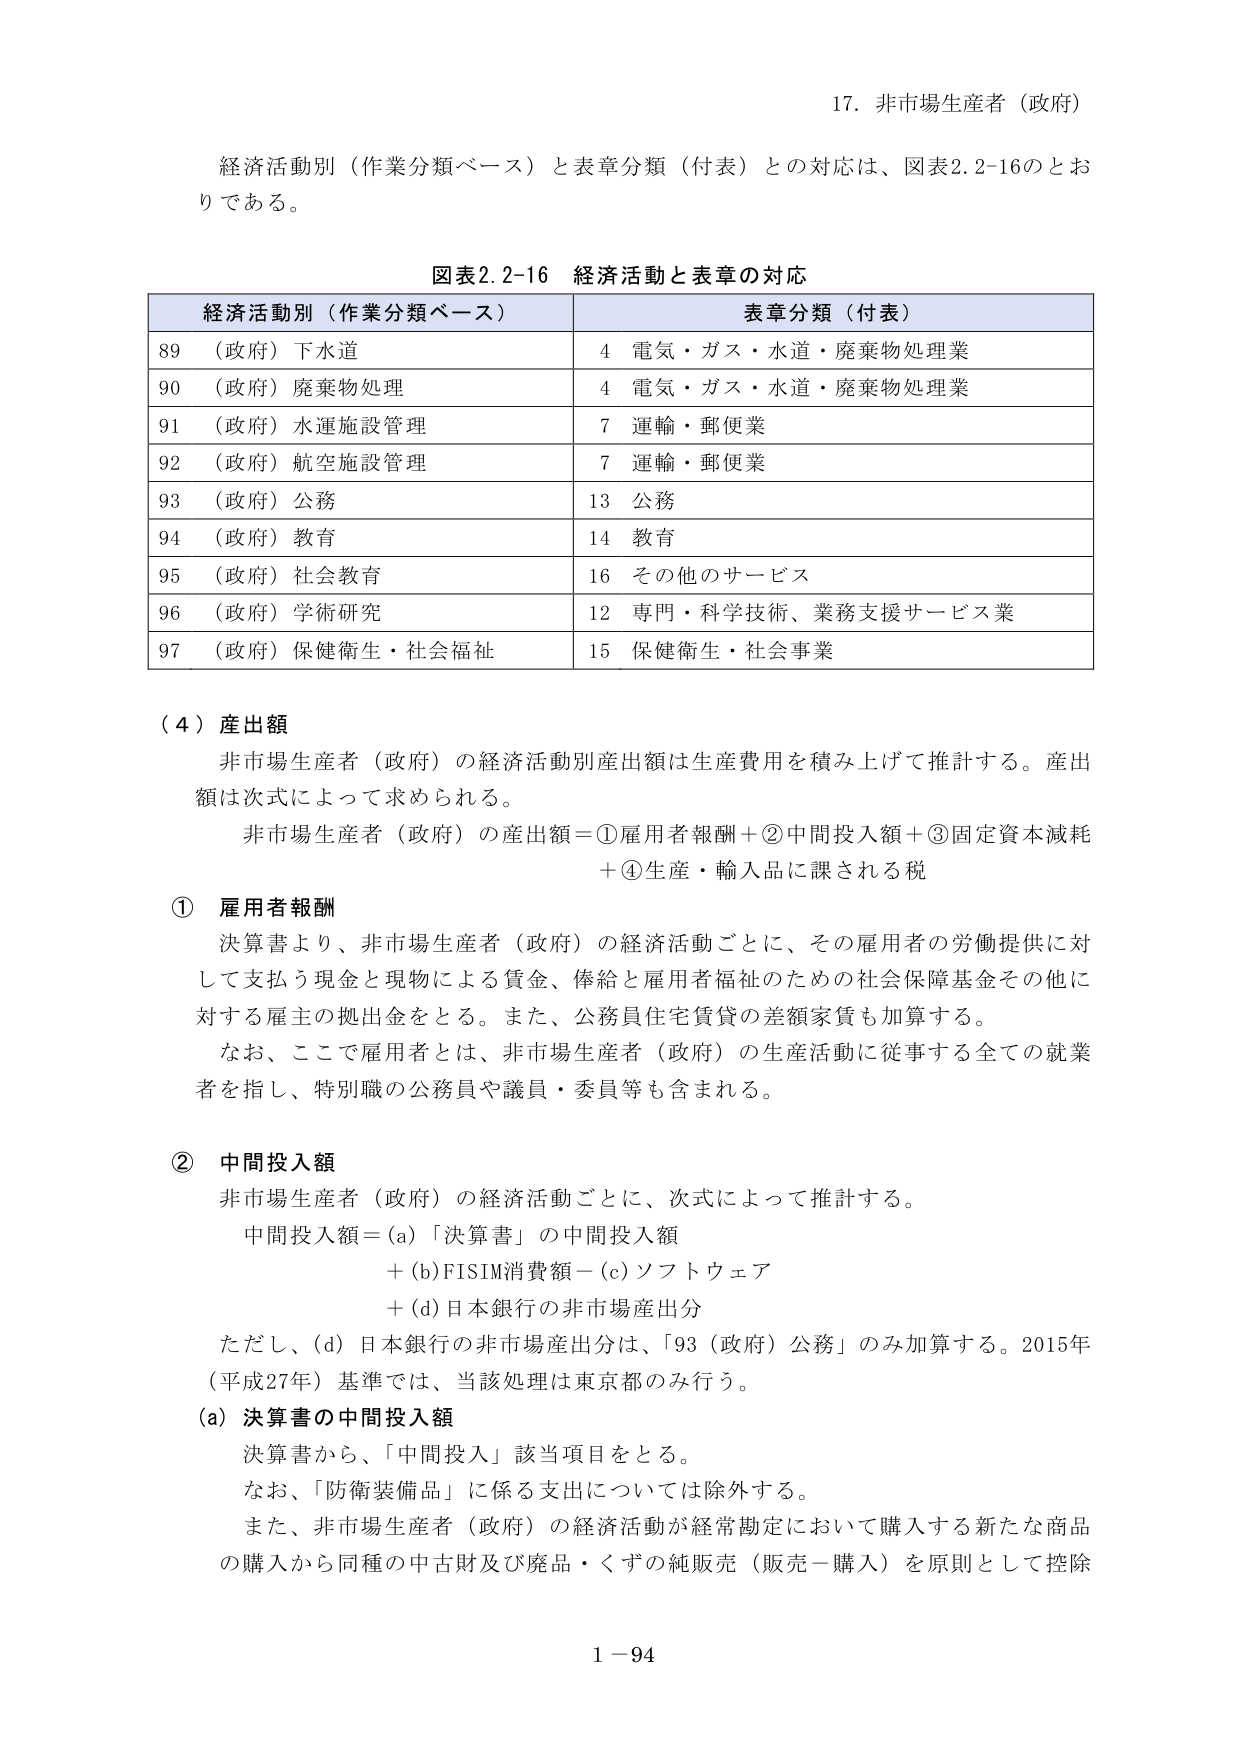
17. 非市場生産者（政府）

経済活動別（作業分類ベース）と表章分類（付表）との対応は、図表2.2-16のとおりである。

図表2.2-16 経済活動と表章の対応

経済活動別（作業分類ベース） 表章分類（付表）
89 （政府）下水道 4 電気・ガス・水道・廃棄物処理業
90 （政府）廃棄物処理 4 電気・ガス・水道・廃棄物処理業
91 （政府）水運施設管理 7 運輸・郵便業
92 （政府）航空施設管理 7 運輸・郵便業
93 （政府）公務 13 公務
94 （政府）教育 14 教育
95 （政府）社会教育 16 その他のサービス
96 （政府）学術研究 12 専門・科学技術、業務支援サービス業
97 （政府）保健衛生・社会福祉 15 保健衛生・社会事業

（4）産出額

非市場生産者（政府）の経済活動別産出額は生産費用を積み上げて推計する。産出額は次式によって求められる。

非市場生産者（政府）の産出額＝①雇用者報酬＋②中間投入額＋③固定資本減耗＋④生産・輸入品に課される税

① 雇用者報酬

決算書より、非市場生産者（政府）の経済活動ごとに、その雇用者の労働提供に対して支払う現金と現物による賃金、俸給と雇用者福祉のための社会保障基金その他に対する雇主の拠出金をとる。また、公務員住宅賃貸の差額家賃も加算する。

なお、ここで雇用者とは、非市場生産者（政府）の生産活動に従事する全ての就業者を指し、特別職の公務員や議員・委員等も含まれる。

② 中間投入額

非市場生産者（政府）の経済活動ごとに、次式によって推計する。

中間投入額＝（a）「決算書」の中間投入額
＋（b）FISIM消費額－（c）ソフトウェア
＋（d）日本銀行の非市場産出分

ただし、（d）日本銀行の非市場産出分は、「93（政府）公務」のみ加算する。2015年（平成27年）基準では、当該処理は東京都のみ行う。

（a）決算書の中間投入額

決算書から、「中間投入」該当項目をとる。

なお、「防衛装備品」に係る支出については除外する。

また、非市場生産者（政府）の経済活動が経常勘定において購入する新たな商品の購入から同種の中古財及び廃品・くずの純販売（販売－購入）を原則として控除

1－94